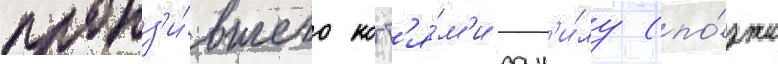
пронз'и́вшего когт'я́м'и дан'и́лу (по́зже